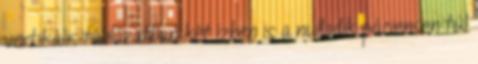
vertikális táblázatban két ízben is a nulladik páciensen túl